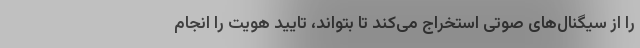
را از سیگنال‌های صوتی استخراج می‌کند تا بتواند، تایید هویت را انجام